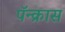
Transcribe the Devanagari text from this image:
पॅन्क्रास